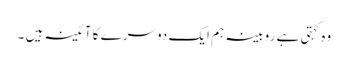
وہ کہتی ہے روبینہ ہم ایک دوسرے کا آئینہ ہیں ۔